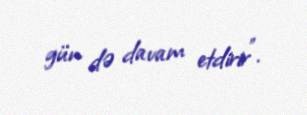
gün də davam etdirir”.